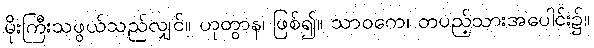
မိုးကြီးသဖွယ်သည်လျှင်။ ဟုတွာန၊ ဖြစ်၍။ သာဝကေ၊ တပည့်သားအပေါင်း၌။